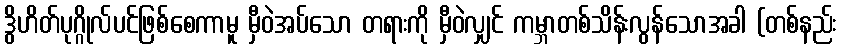
ဒွိဟိတ်ပုဂ္ဂိုလ်ပင်ဖြစ်စေကာမူ မှီဝဲအပ်သော တရားကို မှီဝဲလျှင် ကမ္ဘာတစ်သိန်းလွန်သောအခါ (တစ်နည်း